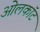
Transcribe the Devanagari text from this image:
ओलकॉट